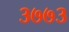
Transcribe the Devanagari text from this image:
३७७३